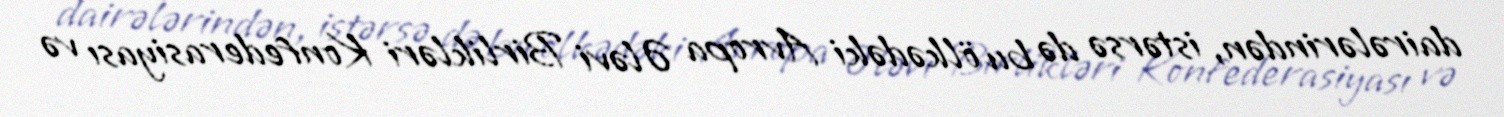
dairələrindən, istərsə də bu ölkədəki Avropa Ələvi Birlikləri Konfederasiyası və